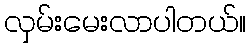
လှမ်းမေးလာပါတယ်။